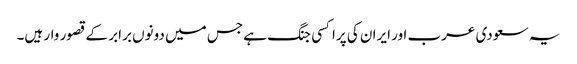
یہ سعودی عرب اور ایران کی پراکسی جنگ ہے جس میں دونوں برابر کے قصور وار ہیں۔